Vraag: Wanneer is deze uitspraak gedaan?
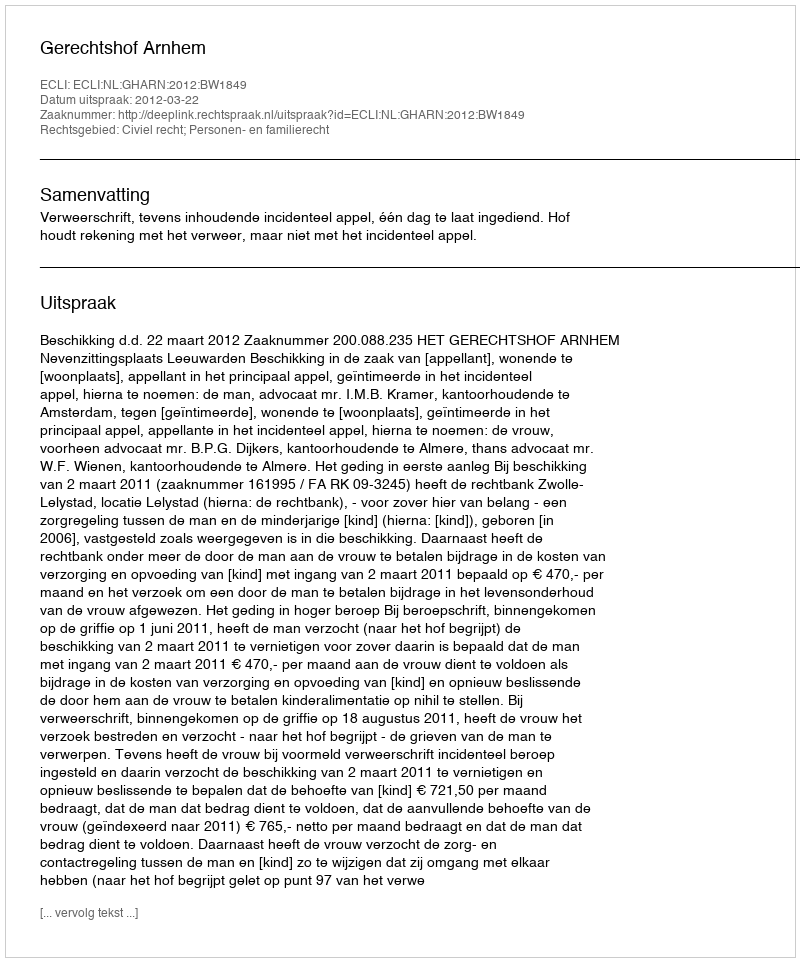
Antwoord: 2012-03-22